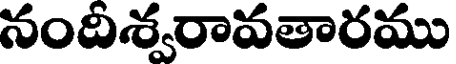
నందిశ్వరావతారము